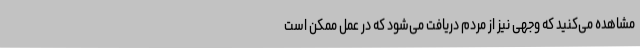
مشاهده می‌کنید که وجهی نیز از مردم دریافت می‌شود که در عمل ممکن است